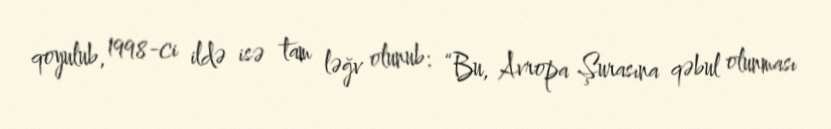
qoyulub, 1998-ci ildə isə tam ləğv olunub: “Bu, Avropa Şurasına qəbul olunması